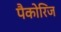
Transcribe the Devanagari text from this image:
पैकोरिज